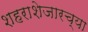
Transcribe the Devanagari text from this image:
शहराशेजारच्या